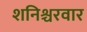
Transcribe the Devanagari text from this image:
शनिश्चरवार